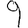
Digit: 9